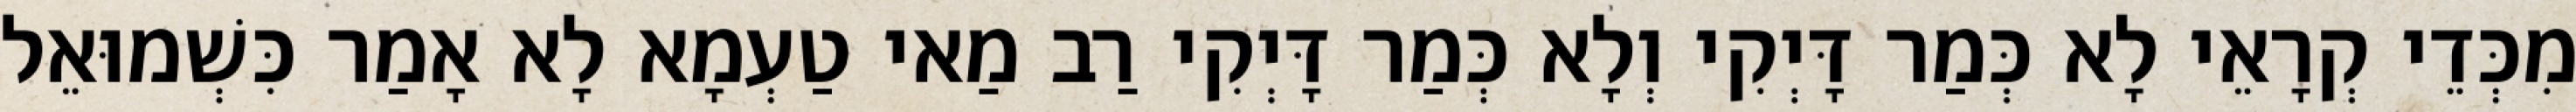
מִכְּדֵי קְרָאֵי לָא כְּמַר דָּיְקִי וְלָא כְּמַר דָּיְקִי רַב מַאי טַעְמָא לָא אָמַר כִּשְׁמוּאֵל